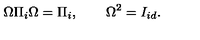
\Omega \Pi _ { i } \Omega = \Pi _ { i } , \qquad \Omega ^ { 2 } = I _ { i d } .